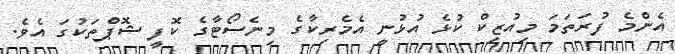
އެންމެ ފުރަތަމަ މިއުޒިކް ކުޅެ އުޅުނީ އެމެރިކާގެ މިނެސޯޓާގެ ކޮފީ ޝޮޕްތަކުގަ އެވެ.